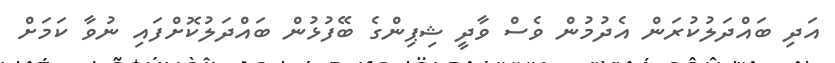
އަދި ބައްދަލުކުރަން އެދުމުން ވެސް ވާދީ ޝިޕިންގެ ބޭފުޅުން ބައްދަލުކޮށްފައި ނުވާ ކަމަށް